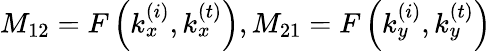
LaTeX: M_{12}=F\left(k_{x}^{\left(i\right)},k_{x}^{\left(t\right)}\right),M_{21}=F\left(k_{y}^{\left(i\right)},k_{y}^{\left(t\right)}\right)